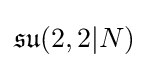
{\mathfrak {su}}(2,2|N)